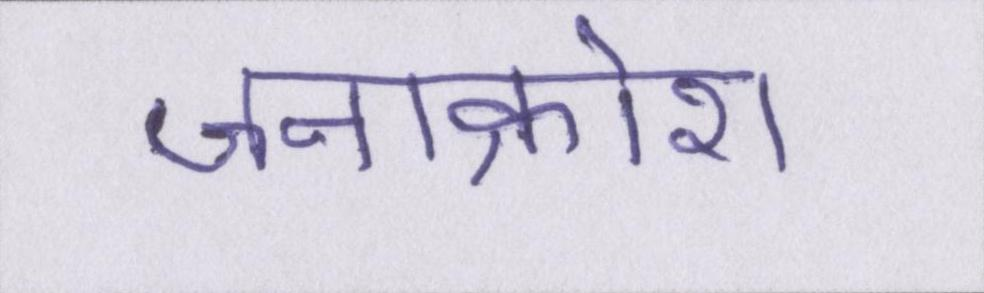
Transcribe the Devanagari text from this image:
जनाक्रोश